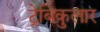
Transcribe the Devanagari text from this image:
ट्रेबिकुलार